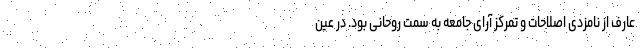
عارف از نامزدی اصلاحات و تمرکز آرای جامعه به سمت روحانی بود. در عین